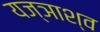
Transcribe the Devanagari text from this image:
यज्ञाश्व